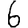
Digit: 6